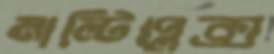
মাল্টিপ্লেক্স